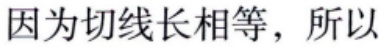
因为切线长相等，所以